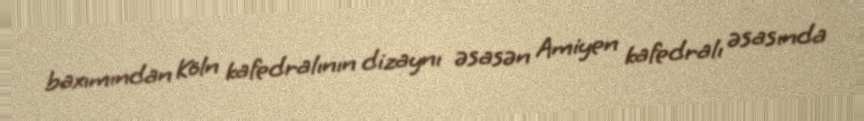
baxımından Köln kafedralının dizaynı əsasən Amiyen kafedralı əsasında